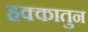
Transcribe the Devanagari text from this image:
हक्कातुन